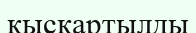
қысқартылды